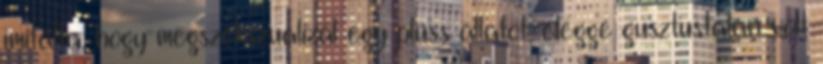
imitálta, hogy megszekszualizál egy plüss állatot, eléggé gusztustalan volt